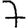
Digit: 7